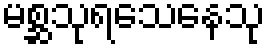
မစ္ဆသုရသေနေသု